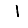
Digit: 1